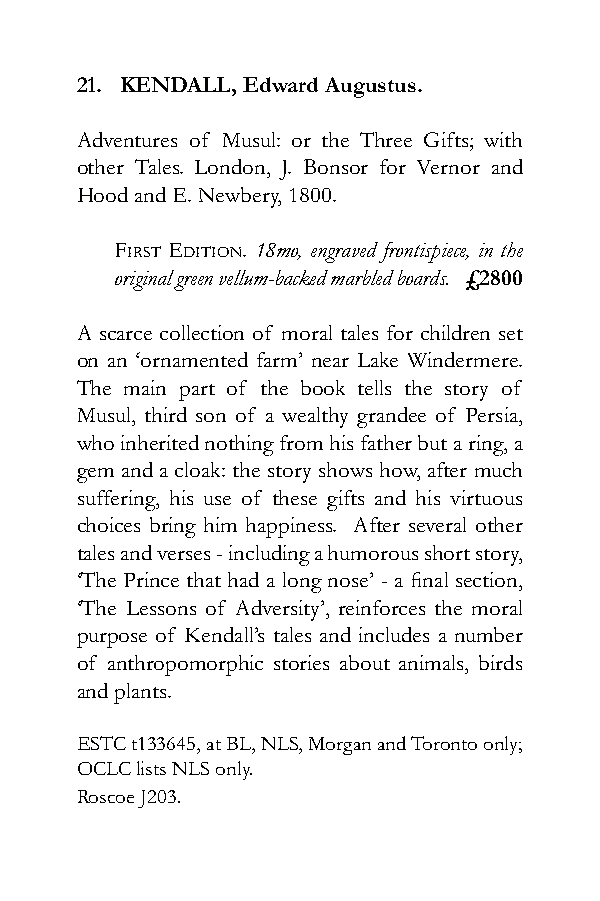
21. KENDALL, Edward Augustus.
 Adventures of Musul: or the Three Gifts; with
 other Tales. London, J. Bonsor for Vernor and
 Hood and E. Newbery, 1800.
 First Edition. 18mo, engraved frontispiece, in the
 original green vellum-backed marbled boards. £2800
 A scarce collection of moral tales for children set
 on an ‘ornamented farm’ near Lake Windermere.
 The main part of the book tells the story of
 Musul, third son of a wealthy grandee of Persia,
 who inherited nothing from his father but a ring, a
 gem and a cloak: the story shows how, after much
 suffering, his use of these gifts and his virtuous
 choices bring him happiness. After several other
 tales and verses - including a humorous short story,
 ‘The Prince that had a long nose’ - a final section,
 ‘The Lessons of Adversity’, reinforces the moral
 purpose of Kendall’s tales and includes a number
 of anthropomorphic stories about animals, birds
 and plants.
 ESTC t133645, at BL, NLS, Morgan and Toronto only;
 OCLC lists NLS only.
 Roscoe J203.